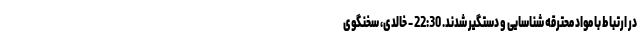
در ارتباط با مواد محترقه شناسایی و دستگیر شدند. 22:30 - خالدی، سخنگوی